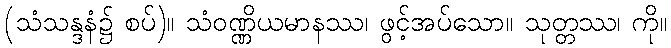
(သံသန္ဒနံ၌ စပ်)။ သံဝဏ္ဏိယမာနဿ၊ ဖွင့်အပ်သော။ သုတ္တဿ၊ ကို။